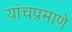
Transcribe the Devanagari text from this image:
यांचप्रमाणे